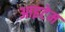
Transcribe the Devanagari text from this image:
आइटेम